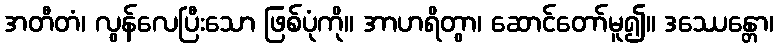
အတီတံ၊ လွန်လေပြီးသော ဖြစ်ပုံကို။ အာဟရိတွာ၊ ဆောင်တော်မူ၍။ ဒဿေန္တော၊